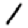
Digit: 1